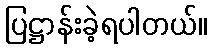
ပြဋ္ဌာန်းခဲ့ရပါတယ်။